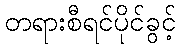
တရားစီရင်ပိုင်ခွင့်